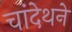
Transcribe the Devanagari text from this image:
चांदेथने